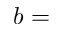
b =